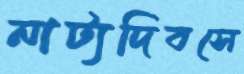
নাট্যদিবসে